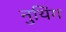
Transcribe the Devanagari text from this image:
नुयिंग